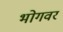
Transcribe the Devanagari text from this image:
भोगवर